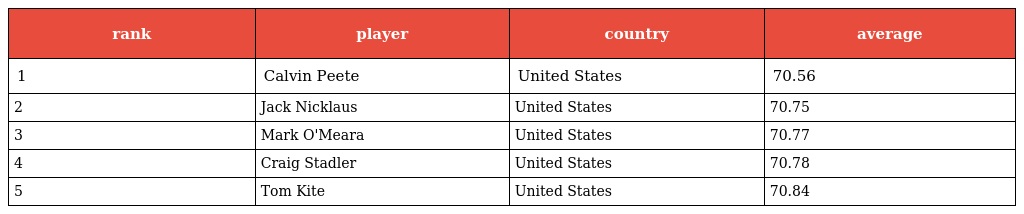
| rank | player | country | average |
 | --- | --- | --- | --- |
 | 1 | Calvin Peete | United States | 70.56 |
 | 2 | Jack Nicklaus | United States | 70.75 |
 | 3 | Mark O'Meara | United States | 70.77 |
 | 4 | Craig Stadler | United States | 70.78 |
 | 5 | Tom Kite | United States | 70.84 |